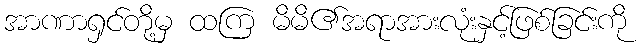
အာဏာရှင်တို့မှ ထကြ မိမိ၏အရာအားလုံးနှင့်ဖြစ်ခြင်းကို